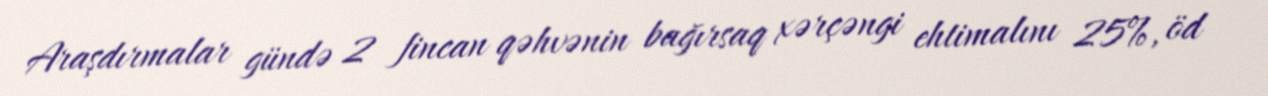
Araşdırmalar gündə 2 fincan qəhvənin bağırsaq xərçəngi ehtimalını 25%, öd